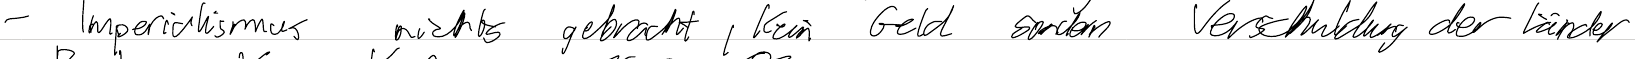
- Imperialismus nicht gebracht, kein Geld sondern Verschuldung der Länder